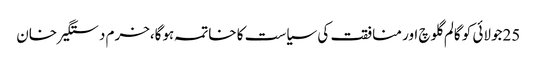
25جولائی کو گالم گلوچ اور منافقت کی سیاست کا خاتمہ ہوگا،خرم دستگیر خان